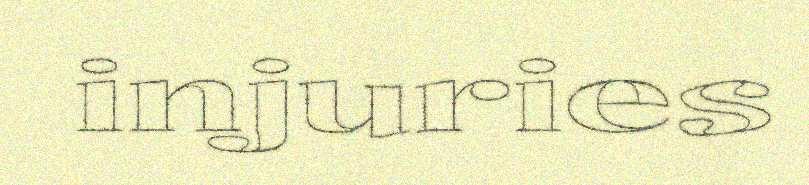
injuries